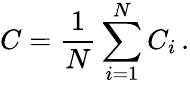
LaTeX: C=\frac{1}{N}\sum_{i=1}^{N}C_{i}\, .